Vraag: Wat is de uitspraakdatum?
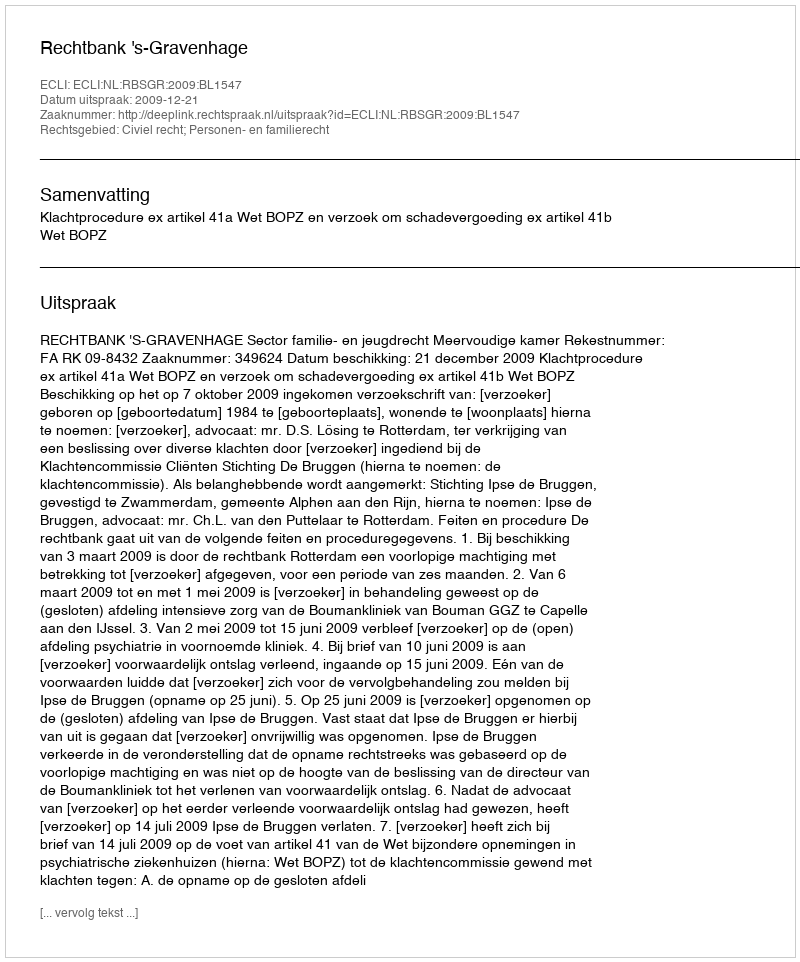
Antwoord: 2009-12-21